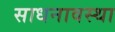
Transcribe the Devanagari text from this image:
साधनावस्था